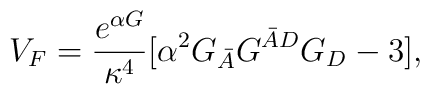
V_F = \frac{e^{\alpha G}}{\kappa^4} \lbrack \alpha^2 G_{\bar A} G^{\bar A D} G_D - 3 \rbrack,